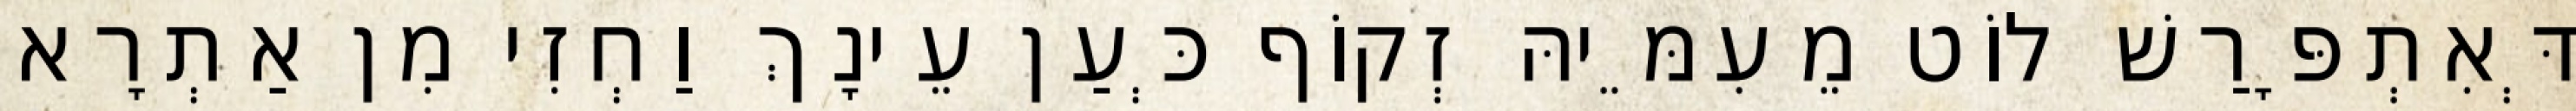
דְּאִתְפָּרַשׁ לוֹט מֵעִמֵּיהּ זְקוֹף כְּעַן עֵינָךְ וַחְזִי מִן אַתְרָא